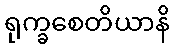
ရုက္ခစေတိယာနိ